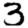
Digit: 3